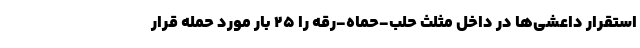
استقرار داعشی‌ها در داخل مثلث حلب-حماه-رقه را ۲۵ بار مورد حمله قرار